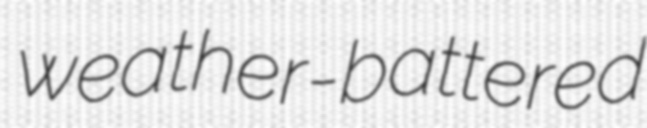
weather-battered